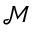
\mathcal { M }